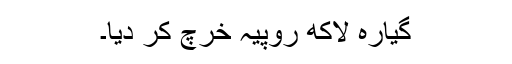
گیارہ لاکھ روپیہ خرچ کر دیا۔